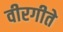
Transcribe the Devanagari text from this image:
वीरगीते